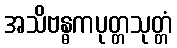
အသိဗန္ဓကပုတ္တသုတ္တံ